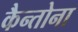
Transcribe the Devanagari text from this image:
कैन्तोना